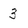
Character: 3